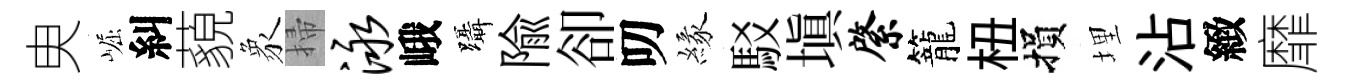
㬰崛糾藐象掃泳峨躡隃卻叨緣駁填綮籠杻損埋沾緻靡